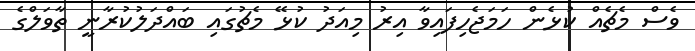
ވެސް މެޗެއް ކުޅެން ހަމަޖެހިފައިވާ އިރު މިއަދު ކުޅޭ މެޗުގައި ބައްދަލުކުރާނީ ތާވަލްގެ